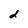
Character: d